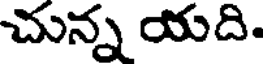
చున్న యది.